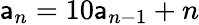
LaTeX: \mathsf{a}_{n}=10\mathsf{a}_{n-1}+n